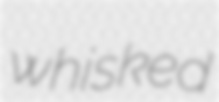
whisked